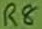
Text: R8